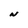
Character: N